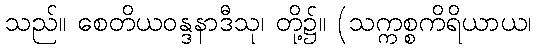
သည်။ စေတိယဝန္ဒနာဒီသု၊ တို့၌။ (သက္ကစ္စကိရိယာယ၊